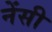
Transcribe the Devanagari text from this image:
नेंसी